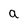
Character: a